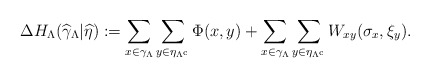
\begin{align*}\mathrm{\Delta }H_{\Lambda }(\widehat{\gamma }_{\Lambda }|\widehat{\eta }):=\sum_{x\in \gamma _{\Lambda }}\sum_{y\in \eta _{\Lambda ^{\mathrm{c}}}}\Phi (x,y)+\sum_{x\in \gamma _{\Lambda }}\sum_{y\in \eta _{\Lambda ^{\mathrm{c}}}}W_{xy}(\sigma _{x},\xi _{y}). \end{align*}